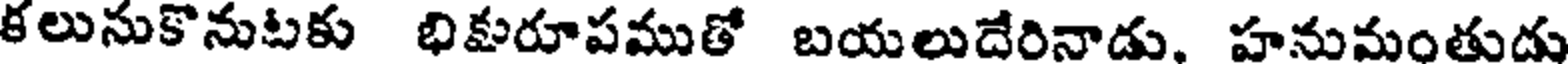
కలునుకొనుటకు భికురూపముతో బయలుదేరినాడు. హనుమంతుడు